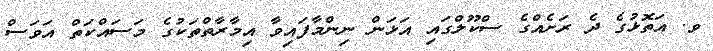
ވ. އަތޮޅުގެ ދެ ރަށެއްގެ ސްކޫލްގައި އަޅަން ނިންމާފައިވާ އިމާރާތްތަކުގެ މަސައްކަތް އަވަސް